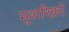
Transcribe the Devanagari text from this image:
मुशरिक़ों